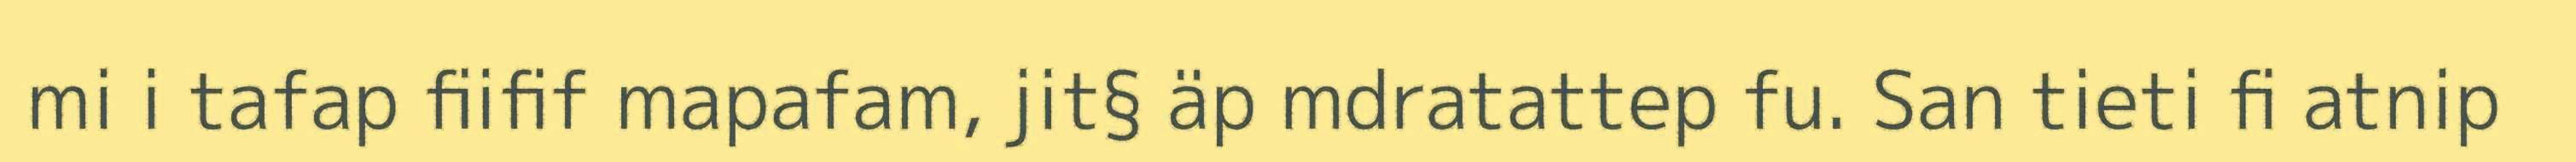
mi i tafap fiifif mapafam, jit§ äp mdratattep fu. San tieti fi atnip